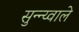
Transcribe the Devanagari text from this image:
सुन्न्य्वाले